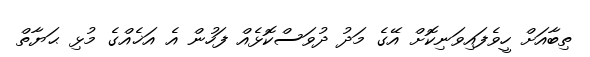
ތިބާއަށް ހީވެފައިވަނިކޮށް އޭގެ މަދު ދުވަސްކޮޅެއް ފަހުން އެ އަޚެއްގެ މުޅި ޙަޔާތް